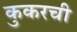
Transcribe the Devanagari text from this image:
कुकरची